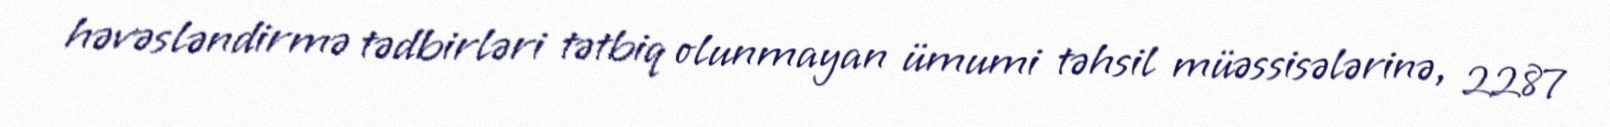
həvəsləndirmə tədbirləri tətbiq olunmayan ümumi təhsil müəssisələrinə, 2287